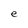
Character: e